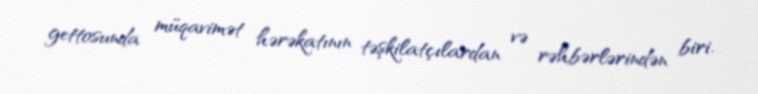
gettosunda müqavimət hərəkatının təşkilatçılardan və rəhbərlərindən biri.